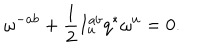
\omega ^ { - a b } + { \frac { 1 } { 2 } } I _ { u } ^ { a b } q ^ { * } \omega ^ { u } = 0 .